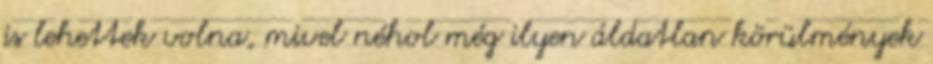
is lehettek volna, mivel néhol még ilyen áldatlan körülmények